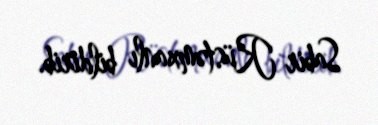
Sabir Rüstəmxanlı bildirib.